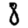
Digit: 8